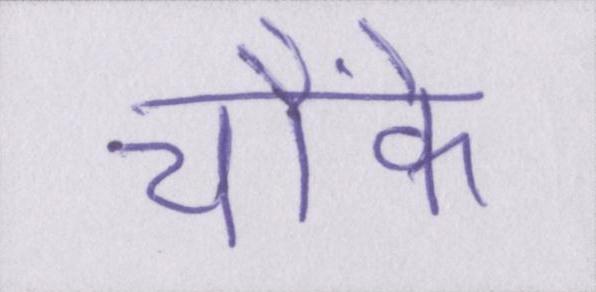
चौंके